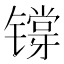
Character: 𬭷